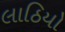
લાઠિયો